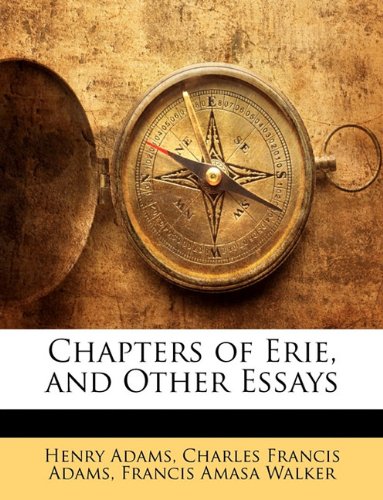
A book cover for Chapters of Erie, and Other Essays; Henry Adams; Law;